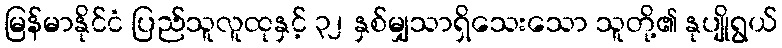
မြန်မာနိုင်ငံ ပြည်သူလူထုနှင့် ၃၂ နှစ်မျှသာရှိသေးသော သူတို့၏ နုပျိုရွယ်